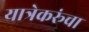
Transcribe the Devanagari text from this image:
यात्रेकरूंचा